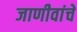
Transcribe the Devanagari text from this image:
जाणीवांचे